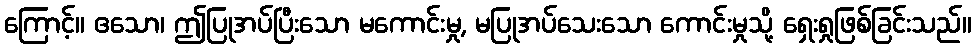
ကြောင့်။ ဧသော၊ ဤပြုအပ်ပြီးသော မကောင်းမှု, မပြုအပ်သေးသော ကောင်းမှုသို့ ရှေးရှုဖြစ်ခြင်းသည်။